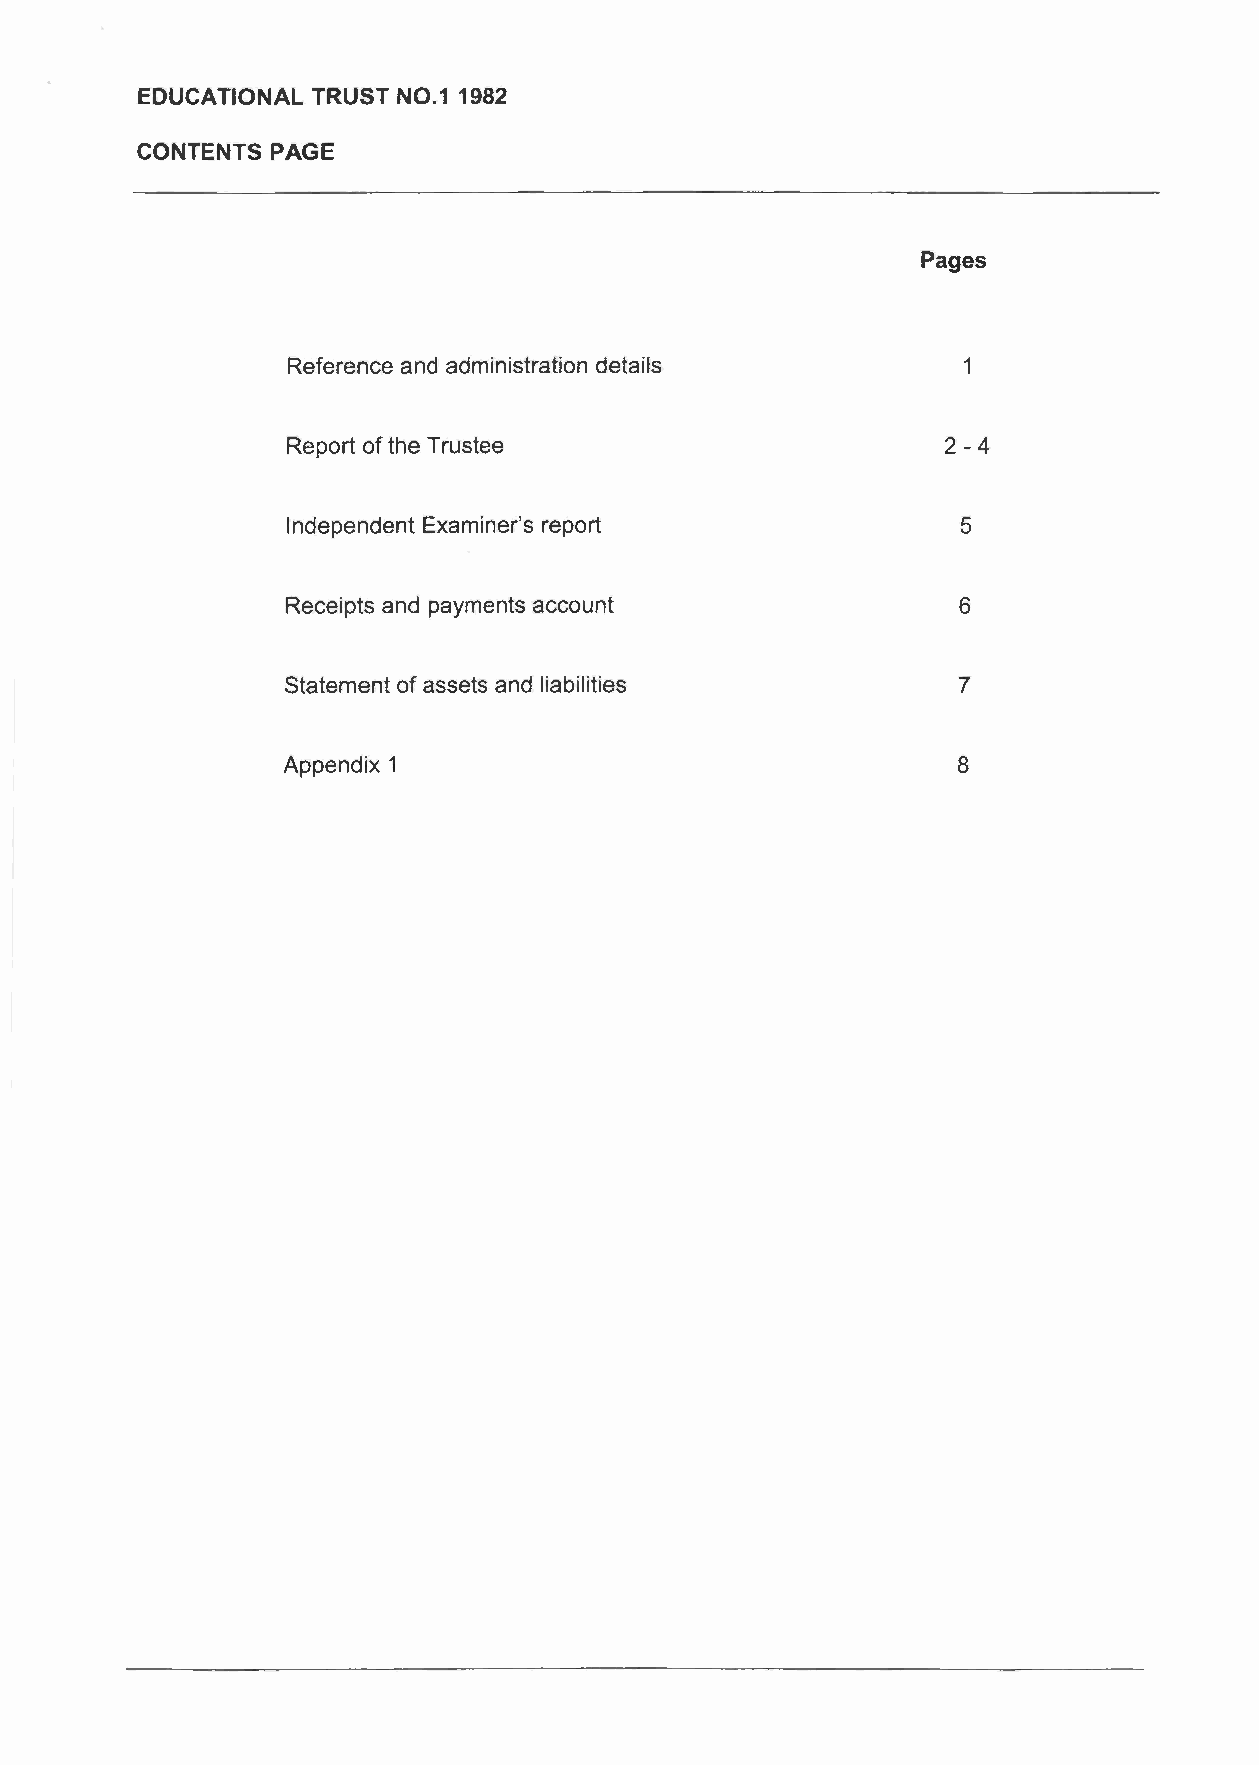
EDUCATIONAL TRUST NO.11982
 CONTENTS PAGE
 Pages
 Reference and administration details         1
 Report of the Trustee                       2-4
 Independent Examiner's report                5
 Receipts and payments account                6
 Statement of assets and liabilities         7
 Appendix 1                                  8